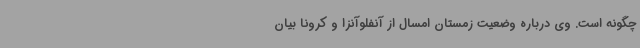
چگونه است. وی درباره وضعیت زمستان امسال از آنفلوآنزا و کرونا بیان